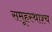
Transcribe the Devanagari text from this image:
समूहस्थाश्च